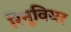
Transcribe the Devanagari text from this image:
रिनूवियर